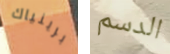
برينياك الدسم